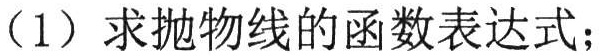
（1）求抛物线的函数表达式；